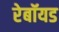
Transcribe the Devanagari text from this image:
रेबॉयड